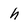
Character: h